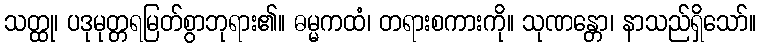
သတ္ထု၊ ပဒုမုတ္တရမြတ်စွာဘုရား၏။ ဓမ္မကထံ၊ တရားစကားကို။ သုဏန္တော၊ နာသည်ရှိသော်။